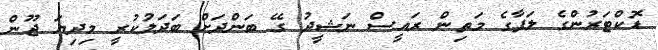
ޑޮކްޓަރުންގެ ލަފާގެ މަތިން ރައީސް ނަޝީދު ގޭ ބަންދަށް ބަދަލުކުރީ މިދިޔަ ޖޫން